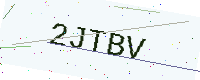
Text: 2JTBV